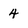
Character: 4